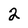
Character: 2